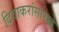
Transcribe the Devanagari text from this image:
दिवाकरांसारखे